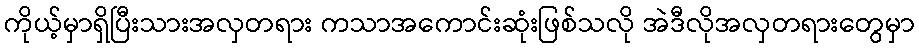
ကိုယ့်မှာရှိပြီးသားအလှတရား ကသာအကောင်းဆုံးဖြစ်သလို အဲဒီလိုအလှတရားတွေမှာ